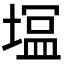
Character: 𭏛